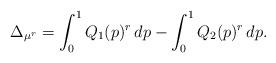
LaTeX: \begin{align*}\Delta_{\mu^r}=\int_0^1{Q_1(p)^r}\,dp-\int_0^1{Q_2(p)^r}\,dp.\end{align*}